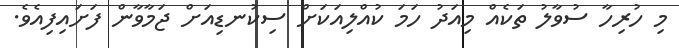
މި ހުރިހާ ސުވާލު ތަކެއް މިއަދު ހަމަ ކުއްލިއަކަށް ސިކުނޑިއަށް ޖަމާވާން ފަށައިފިއެވެ.